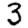
Digit: 3